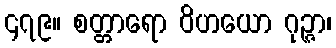
၄၇၉။ စတ္တာရော ဝိဟယော ဂုဉ္ဇာ၊